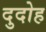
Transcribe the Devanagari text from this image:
दुदोह